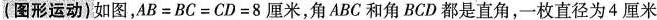
14.(图形运动)如图，$$AB=BC=CD=8厘米$$，角ABC和角BCD都是直角，一枚直径为4厘米